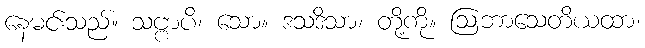
နေမင်းသည်။ သဗ္ဗာပိ၊ သော။ ဒသဒိသာ၊ တို့ကို။ ဩဘာသေတိယထာ၊